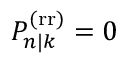
P _ { n | k } ^ { \mathrm { ( r r ) } } = 0